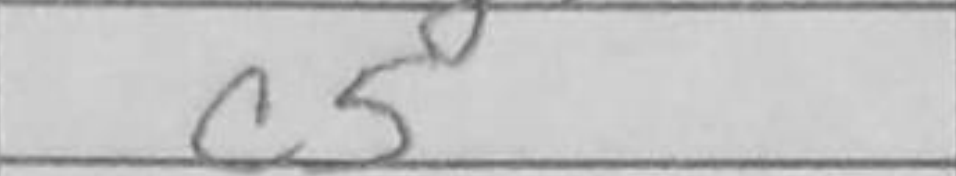
Transcription: c5